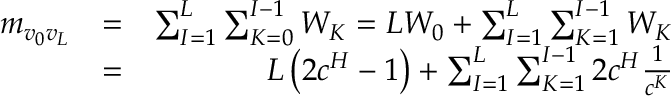
\begin{array} { r l r } { m _ { v _ { 0 } v _ { L } } } & { = } & { \sum _ { I = 1 } ^ { L } \sum _ { K = 0 } ^ { I - 1 } W _ { K } = L W _ { 0 } + \sum _ { I = 1 } ^ { L } \sum _ { K = 1 } ^ { I - 1 } W _ { K } } \\ & { = } & { L \left( 2 c ^ { H } - 1 \right) + \sum _ { I = 1 } ^ { L } \sum _ { K = 1 } ^ { I - 1 } 2 c ^ { H } \frac { 1 } { c ^ { K } } } \end{array}